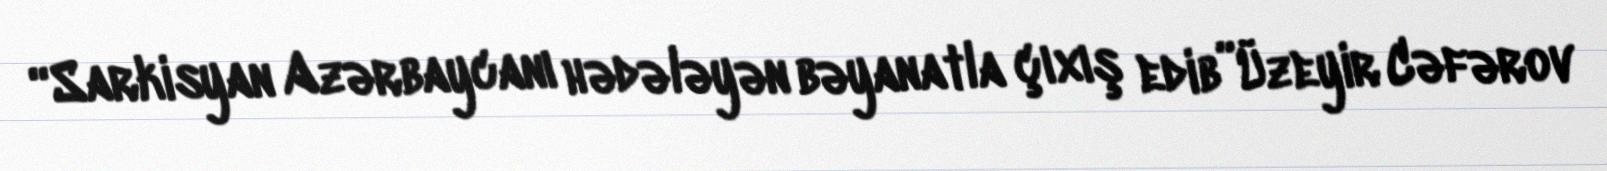
“Sarkisyan Azərbaycanı hədələyən bəyanatla çıxış edib”Üzeyir Cəfərov